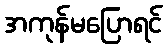
အကုန်မပြောရင်